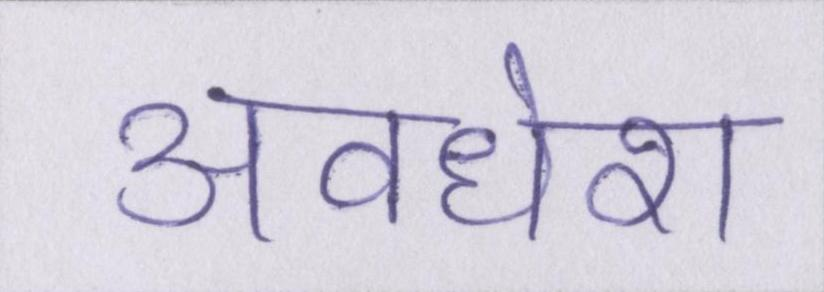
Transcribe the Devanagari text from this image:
अवधेश